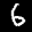
Label: 6